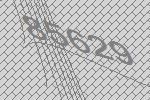
85629